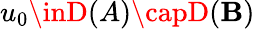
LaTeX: u_{0}\inD(A)\capD(\mathbf{B})